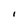
Character: I